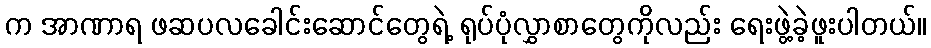
က အာဏာရ ဖဆပလခေါင်းဆောင်တွေရဲ့ ရုပ်ပုံလွှာစာတွေကိုလည်း ရေးဖွဲ့ခဲ့ဖူးပါတယ်။